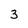
Character: 3